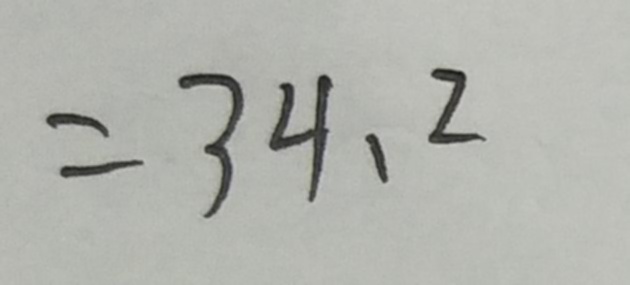
= 3 4 . 2